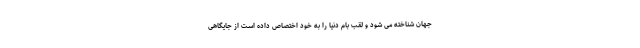
جهان شناخته می شود و لقب بام دنیا را به خود اختصاص داده است از جایگاهی